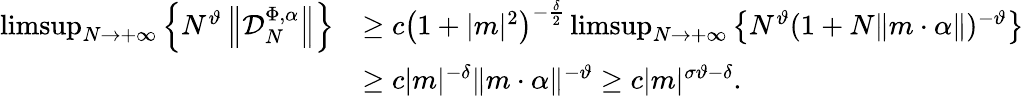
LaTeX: \begin{array}{rl}{\operatorname*{limsup}_{N\to+\infty}\left\{ N^{\vartheta}\left\| \mathcal D_{N}^{\Phi,\alpha}\right\| \right\} }&{\geq c\left(1+|m|^{2}\right)^{-\frac\delta 2}\operatorname*{limsup}_{N\to+\infty}\left\{ N^{\vartheta}(1+N\| m\cdot\alpha\| )^{-\vartheta}\right\} }\\ &{\geq c|m|^{-\delta}\| m\cdot\alpha\| ^{-\vartheta}\geq c|m|^{\sigma\vartheta-\delta}.}\end{array}